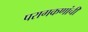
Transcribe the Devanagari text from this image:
परागकणांची